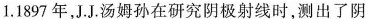
1.1897年，J.J汤姆孙在研究阴极射线时，测出了阴